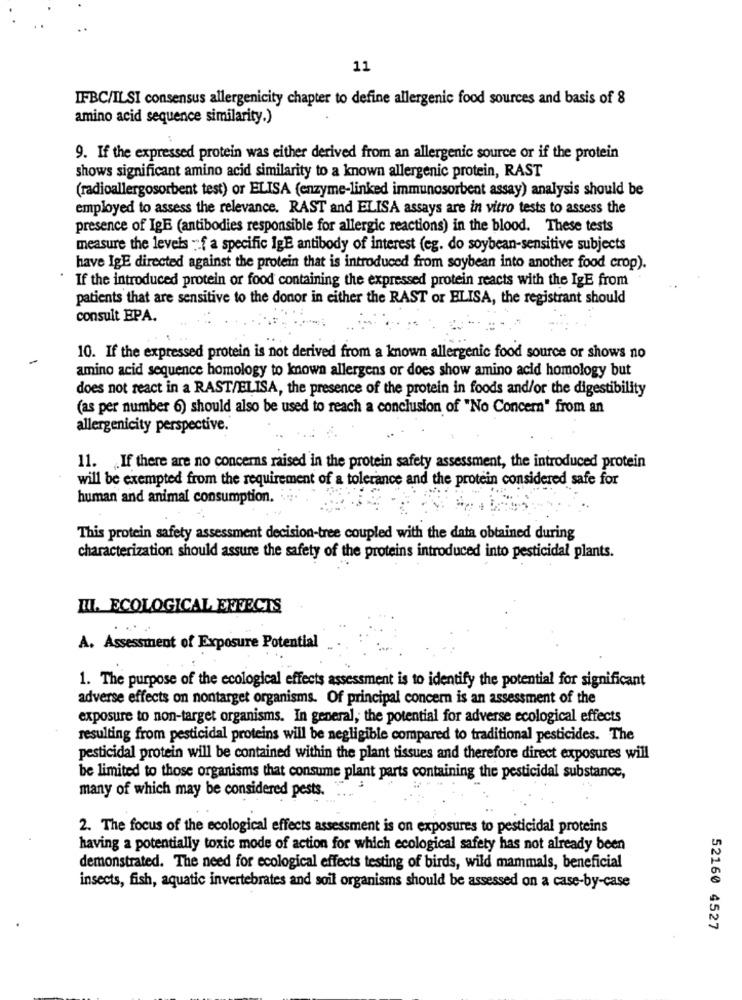
11
IFBC/ILSI consensus allergenicity chapter to define allergenic food sources and basis of 8
amino acid sequence similarity.)
9. If the expressed protein was either derived from an allergenic source or if the protein
shows significant amino acid similarity to a known allergenic protein, RAST
(radioallergosorbent test) or ELISA (enzyme-linked immunosorbent assay) analysis should be
employed to assess the relevance. RAST and ELISA assays are in vitro tests to assess the
presence of IgE (antibodies responsible for allergic reactions) in the blood. These tests
measure the levels "f a specific IgE antibody of interest (eg. do soybean-sensitive subjects
have IgE directed against the protein that is introduced from soybean into another food crop).
If the introduced protein or food containing the expressed protein reacts with the IgE from
patients that are sensitive to the donor in either the RAST or ELISA, the registrant should
consult EPA.
10. If the expressed protein is not derived from a known allergenic food source or shows no
amino acid sequence homology to known allergens or does show amino acid homology but
does not react in a RAST/ELISA, the presence of the protein in foods and/or the digestibility
(as per number 6) should also be used to reach a conclusion of "No Concern" from an
allergenicity perspective.
11. If there are no concerns raised in the protein safety assessment, the introduced protein
will be exempted from the requirement of a tolerance and the protein considered safe for
human and animal consumption.
This protein safety assessment decision-tree coupled with the data obtained during
characterization should assure the safety of the proteins introduced into pesticidal plants.
III. ECOLOGICAL EFFECTS
A. Assessment of Exposure Potential
1. The purpose of the ecological effects assessment is to identify the potential for significant
adverse effects on nontarget organisms. Of principal concern is an assessment of the
exposure to non-target organisms. In general, the potential for adverse ecological effects
resulting from pesticidal proteins will be negligible compared to traditional pesticides. The
pesticidal protein will be contained within the plant tissues and therefore direct exposures will
be limited to those organisms that consume plant parts containing the pesticidal substance,
many of which may be considered pests.
2. The focus of the ecological effects assessment is on exposures to pesticidal proteins
having a potentially toxic mode of action for which ecological safety has not already been
demonstrated. The need for ecological effects testing of birds, wild mammals, beneficial
insects, fish, aquatic invertebrates and soil organisms should be assessed on a case-by-case
52160 4527